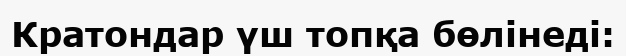
Кратондар үш топқа бөлінеді: